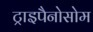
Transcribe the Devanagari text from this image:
ट्राइपैनोसोम